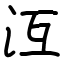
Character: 沍